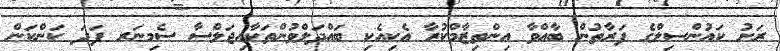
ރަށު ކައުންސިލްގެ ފަރާތުން ބާއްވާ އިންތިޒާމްކުރާ އެކިއެކި ބައްދަލްވުންތަކާއިޖަލްސާ ސެމިނަރ ފަދަ ކަންކަން